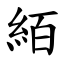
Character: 絔